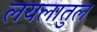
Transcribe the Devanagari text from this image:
लयलातुल